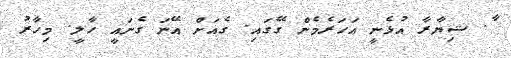
ާ. ޝިޔާރާ އުޅެނީ އަހަރެމެން ގޭގައި. ގެއަށް އޭނަ ގެނައީ ހާލީ. މިހާރު